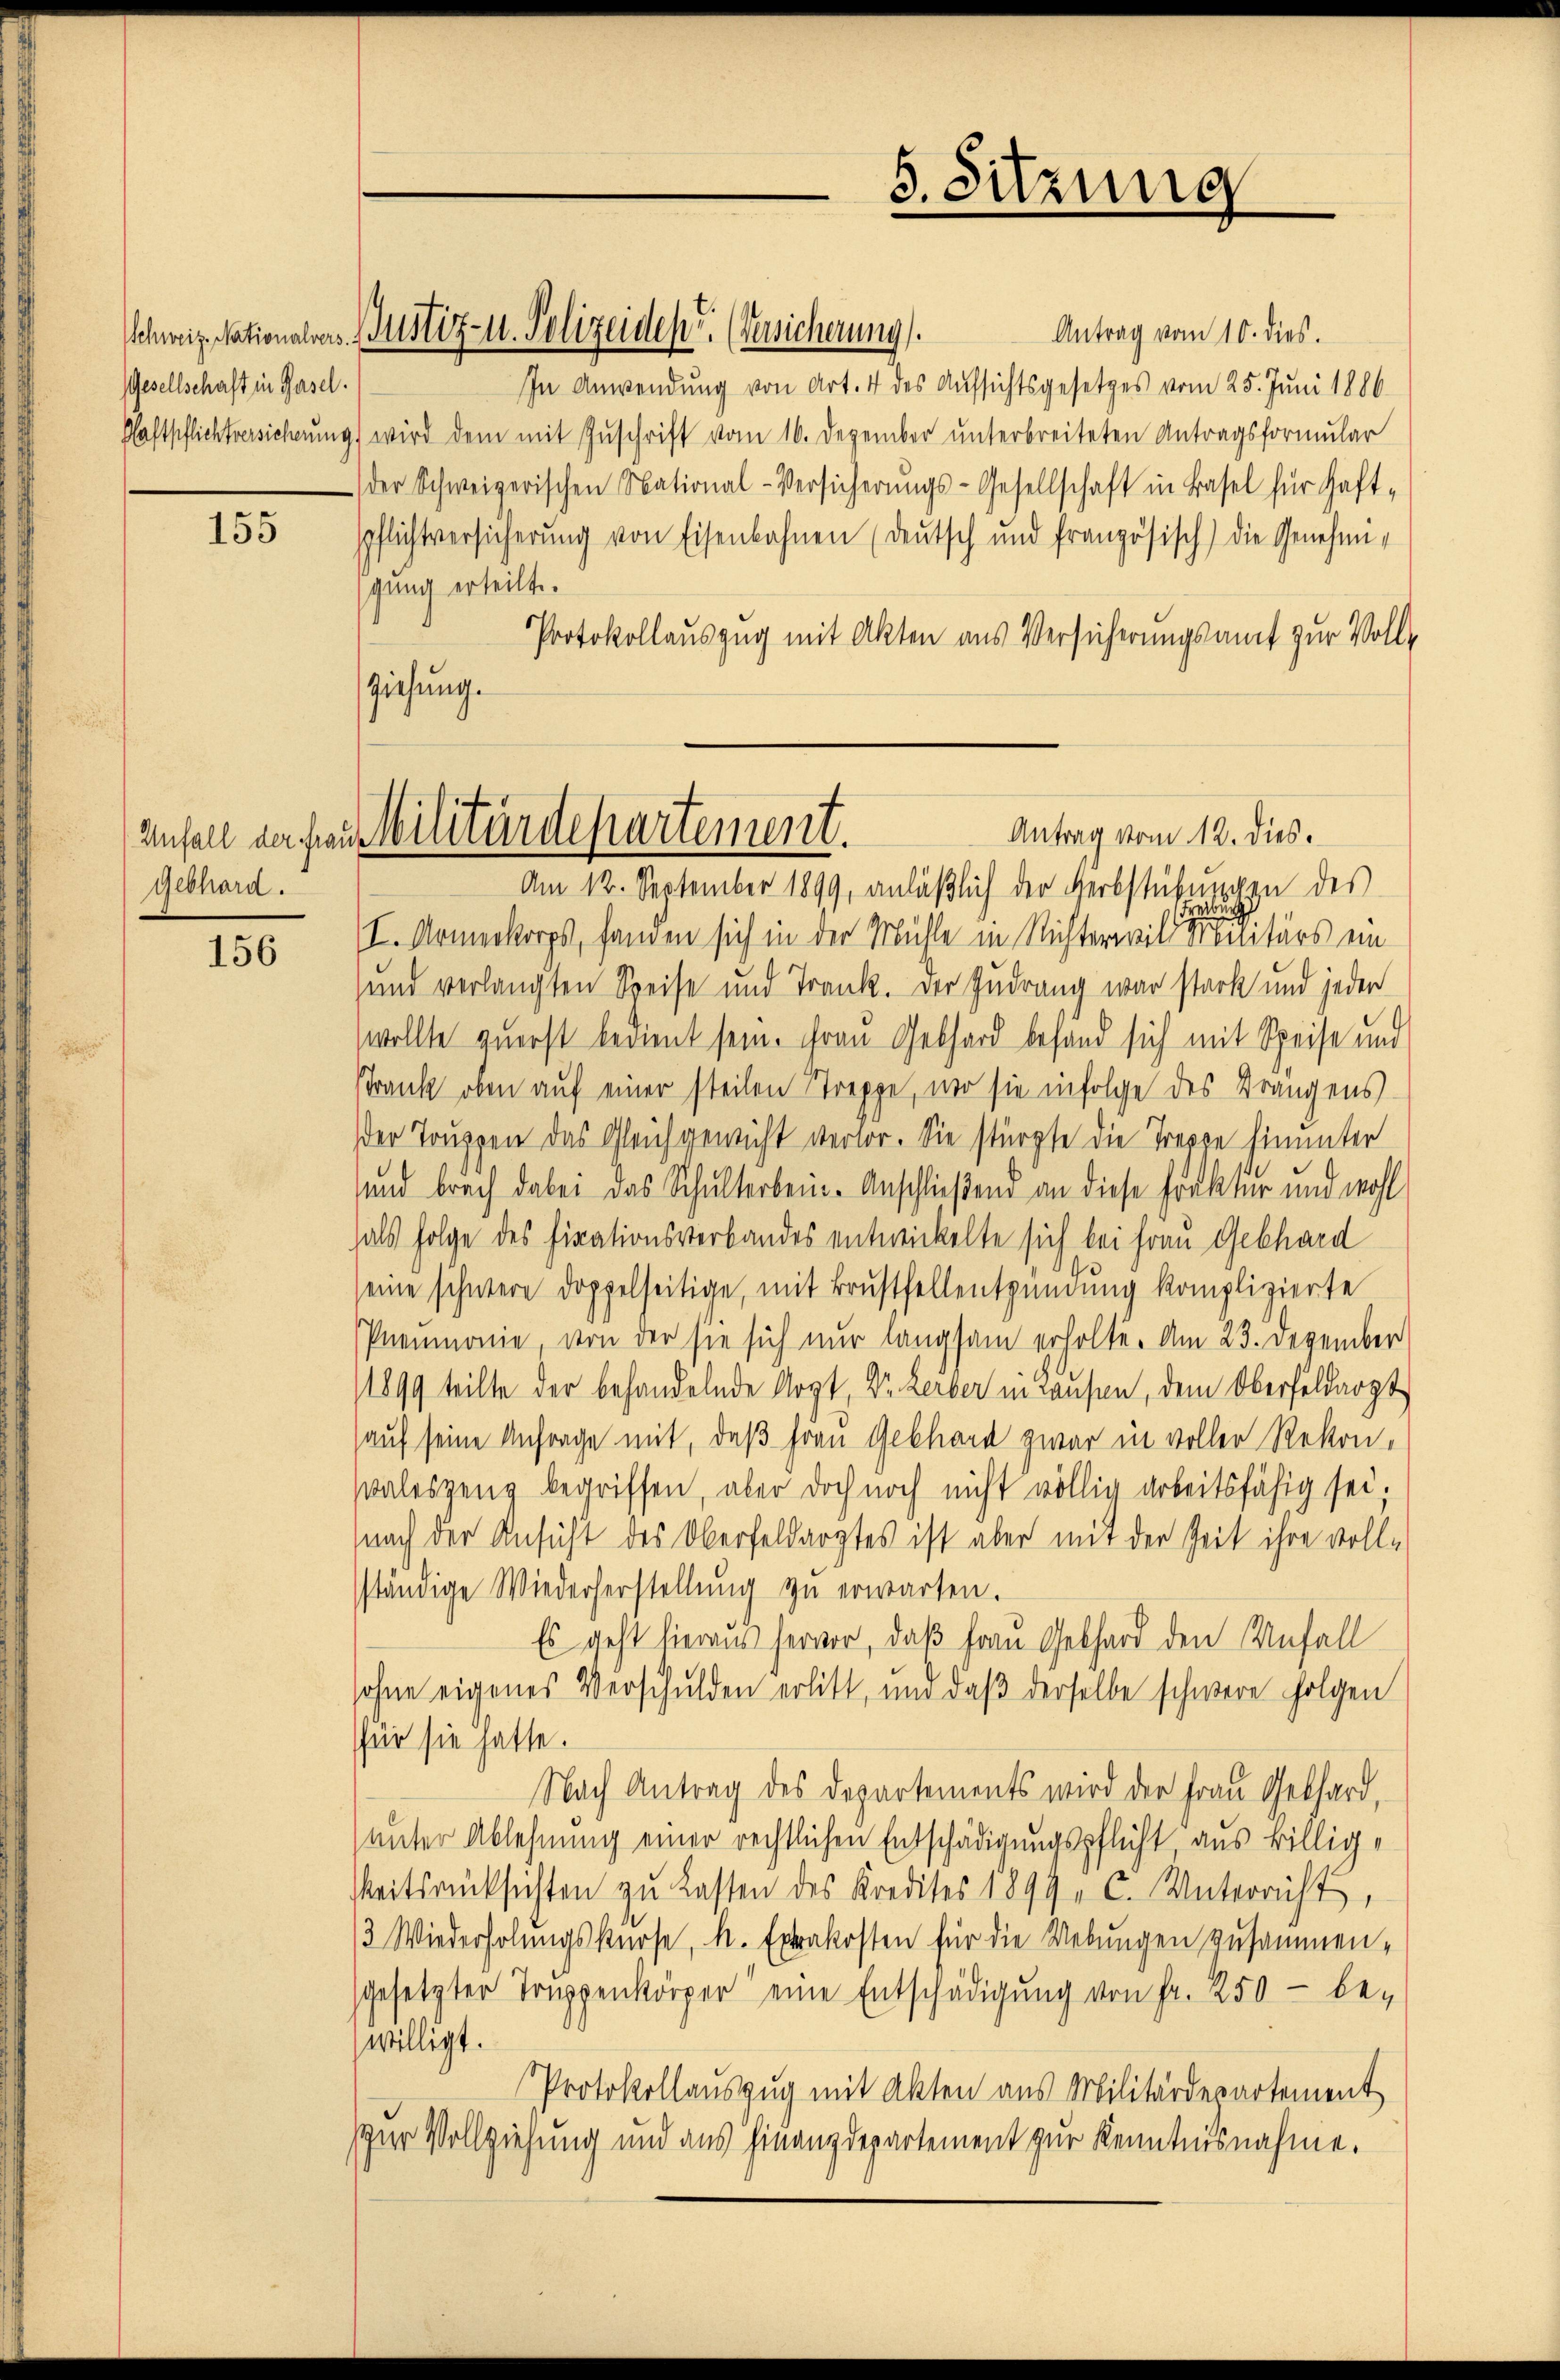
Gesellschaft in Basel.

155

Gebhard.

156

ziehung.

Antrag vom 10. dies.
In Anwendung von Art. 4 des Aufsichtsgesetzes vom 25. Juni 1886
Gaftpflichtversicherung) wird dem mit Zuschrift vom 16. Dezember unterbreiteten Antragsformular
der Schweizerischen National-Versicherŭngs-Gesellschaft in Basel für Haft-
Pflichtversicherŭng von Eisenbahnen (deŭtsch und französisch) die Genehmigung erteilt.
Protokollauszug mit Akten aus Versicherungsamt zur Voll¬
Am 12. September 1899, anläßlich der Herbstübungen des
I. Armenkorps, fanden sich in der Mühle in Richterwill alitärs ein
und verlangten Speise und Trank. Der Zudrang war stark und jeden
wollte zuerst bedient sein. Frau Gebhard befand sich mit Speise und
Strank oben auf einer steilen Streppe, wo sie infolge des Drangens
der Truppen das Gleichgewicht verlor. Sie stürzte die Treppe hinunter
und brach dabei das Schulterbein-Anschließend an diese Prakter und wohl
hals Folge des ficationsverbandes entwickelte sich bei Frau Gebhard
seine schwere doppelseitige, mit Brustfellentzündung komplizierte
Pneumonie von der sie sich nur langsam erholte. Am 23. Dezember
1899 teilte der behandelnde Arzt Dr. Lerber in Hausen, dem Oberfeldarzt
auf seine Anfrage mit, daß Frau Gebhard zwar in voller Rekon,
Waleszenz begriffen, aber doch noch nicht völlig arbeitsfähig sei,
nach der Ansicht des Oberfeldarztes ist aber mit der Zeit ihre voll-
ständige Wiederherstellung zu erwarten.
Es geht hieraus hervor, daß Frau Gebhard den Unfall
sohne eigenes Verschulden erlitt, und daß derselbe schwere folgen
für sie hatte.
Nach Antrag des Departements wird der Frau Gebhard,
unter Ablehnung einer rechtlichen Entschädigungspflicht aus Billig¬
Meitsrücksichten zu Lasten des Kredites 1899, C. Unterricht,
/3 Wiederholungskurse, u. Extrakosten für die Uebungen zusammen-
sgesetzter Truppenkörper eine Entschädigung von Fr. 250 - bewilligt.
Protokollauszug mit Akten aus Militärdepartement
zur Vollziehung und aus Finanzdepartement zur Kenntnisnahme.

Schweiz. Nationalers Justiz- u. Polizeiden. (Versicherung

5. Sitzung

Antrag vom 12. dies.
Anfall der frei Militärdepartement.